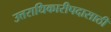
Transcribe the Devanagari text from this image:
उत्तराधिकारीपदासाठी